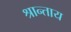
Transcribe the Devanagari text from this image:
श्रान्ताय